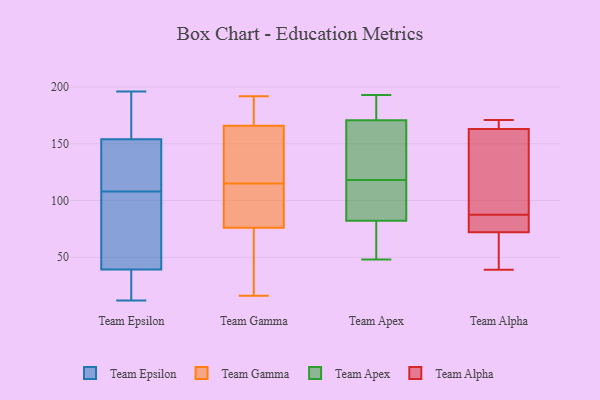
{"axis": {"x": "Energy Usage (MWh)", "y": "Value"}, "legend": ["Team Alpha", "Team Apex", "Team Epsilon", "Team Gamma"], "data": [{"x": "", "y": 160, "type": "Team Epsilon"}, {"x": "", "y": 196, "type": "Team Epsilon"}, {"x": "", "y": 150, "type": "Team Epsilon"}, {"x": "", "y": 28, "type": "Team Epsilon"}, {"x": "", "y": 134, "type": "Team Epsilon"}, {"x": "", "y": 82, "type": "Team Epsilon"}, {"x": "", "y": 17, "type": "Team Epsilon"}, {"x": "", "y": 152, "type": "Team Epsilon"}, {"x": "", "y": 172, "type": "Team Epsilon"}, {"x": "", "y": 12, "type": "Team Epsilon"}, {"x": "", "y": 108, "type": "Team Epsilon"}, {"x": "", "y": 52, "type": "Team Epsilon"}, {"x": "", "y": 43, "type": "Team Epsilon"}, {"x": "", "y": 189, "type": "Team Gamma"}, {"x": "", "y": 126, "type": "Team Gamma"}, {"x": "", "y": 148, "type": "Team Gamma"}, {"x": "", "y": 52, "type": "Team Gamma"}, {"x": "", "y": 187, "type": "Team Gamma"}, {"x": "", "y": 65, "type": "Team Gamma"}, {"x": "", "y": 192, "type": "Team Gamma"}, {"x": "", "y": 16, "type": "Team Gamma"}, {"x": "", "y": 104, "type": "Team Gamma"}, {"x": "", "y": 39, "type": "Team Gamma"}, {"x": "", "y": 88, "type": "Team Gamma"}, {"x": "", "y": 144, "type": "Team Gamma"}, {"x": "", "y": 87, "type": "Team Gamma"}, {"x": "", "y": 96, "type": "Team Gamma"}, {"x": "", "y": 166, "type": "Team Gamma"}, {"x": "", "y": 166, "type": "Team Gamma"}, {"x": "", "y": 118, "type": "Team Apex"}, {"x": "", "y": 90, "type": "Team Apex"}, {"x": "", "y": 107, "type": "Team Apex"}, {"x": "", "y": 89, "type": "Team Apex"}, {"x": "", "y": 49, "type": "Team Apex"}, {"x": "", "y": 170, "type": "Team Apex"}, {"x": "", "y": 62, "type": "Team Apex"}, {"x": "", "y": 193, "type": "Team Apex"}, {"x": "", "y": 48, "type": "Team Apex"}, {"x": "", "y": 163, "type": "Team Apex"}, {"x": "", "y": 60, "type": "Team Apex"}, {"x": "", "y": 177, "type": "Team Apex"}, {"x": "", "y": 169, "type": "Team Apex"}, {"x": "", "y": 173, "type": "Team Apex"}, {"x": "", "y": 185, "type": "Team Apex"}, {"x": "", "y": 155, "type": "Team Apex"}, {"x": "", "y": 94, "type": "Team Apex"}, {"x": "", "y": 93, "type": "Team Alpha"}, {"x": "", "y": 82, "type": "Team Alpha"}, {"x": "", "y": 72, "type": "Team Alpha"}, {"x": "", "y": 39, "type": "Team Alpha"}, {"x": "", "y": 163, "type": "Team Alpha"}, {"x": "", "y": 70, "type": "Team Alpha"}, {"x": "", "y": 171, "type": "Team Alpha"}, {"x": "", "y": 109, "type": "Team Alpha"}, {"x": "", "y": 166, "type": "Team Alpha"}, {"x": "", "y": 78, "type": "Team Alpha"}]}